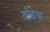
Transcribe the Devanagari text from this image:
तोडरू